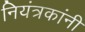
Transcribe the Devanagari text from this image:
नियंत्रकांनी